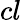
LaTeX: cl